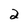
Character: 2